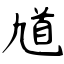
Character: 馗